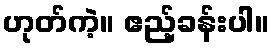
ဟုတ်ကဲ့။ ဧည့်ခန်းပါ။